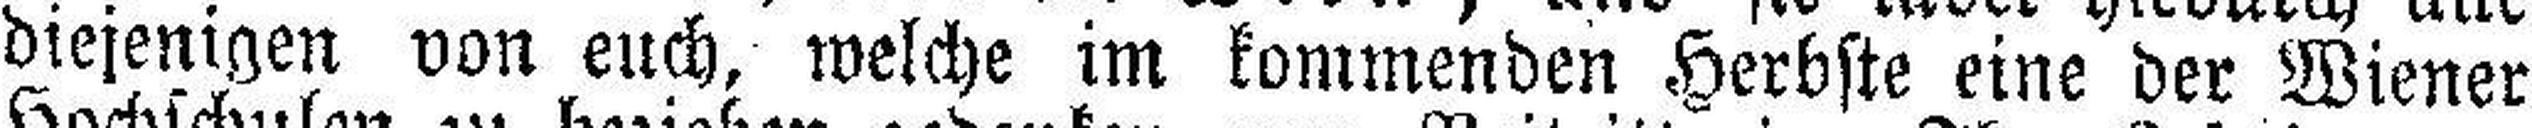
diejenigen von euch, welche im kommenden Herbste eine der Wiener